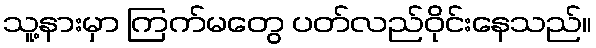
သူ့နားမှာ ကြက်မတွေ ပတ်လည်ဝိုင်းနေသည်။